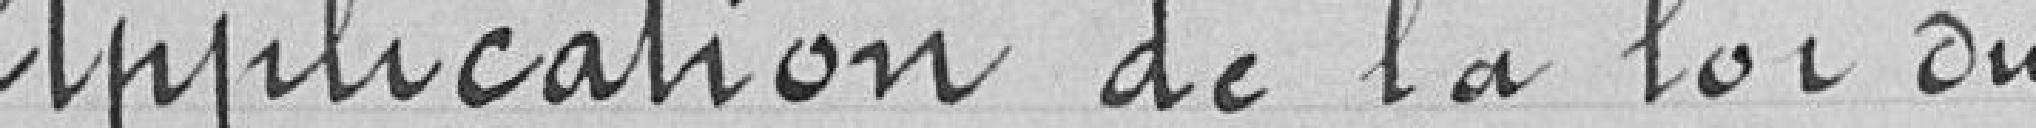
Application de la loi du